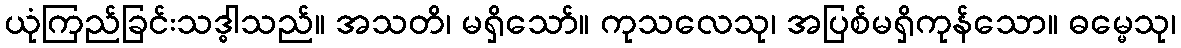
ယုံကြည်ခြင်းသဒ္ဓါသည်။ အသတိ၊ မရှိသော်။ ကုသလေသု၊ အပြစ်မရှိကုန်သော။ ဓမ္မေသု၊